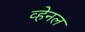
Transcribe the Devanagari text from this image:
व्हेनल